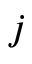
j